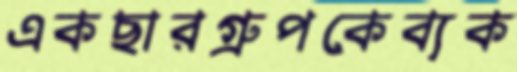
একছারগ্রুপকেব্যক